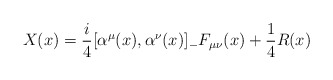
\begin{align*}X(x)=\frac{i}{4}[\alpha^\mu(x),\alpha^\nu(x)]_-F_{\mu\nu}(x)+\frac{1}{4}R(x)\end{align*}